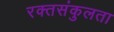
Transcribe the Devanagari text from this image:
रक्तसंकुलता